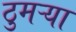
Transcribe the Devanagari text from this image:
ठुमऱ्या